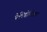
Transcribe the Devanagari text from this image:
पेलिडोनिग्रल